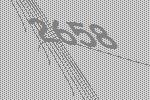
2658